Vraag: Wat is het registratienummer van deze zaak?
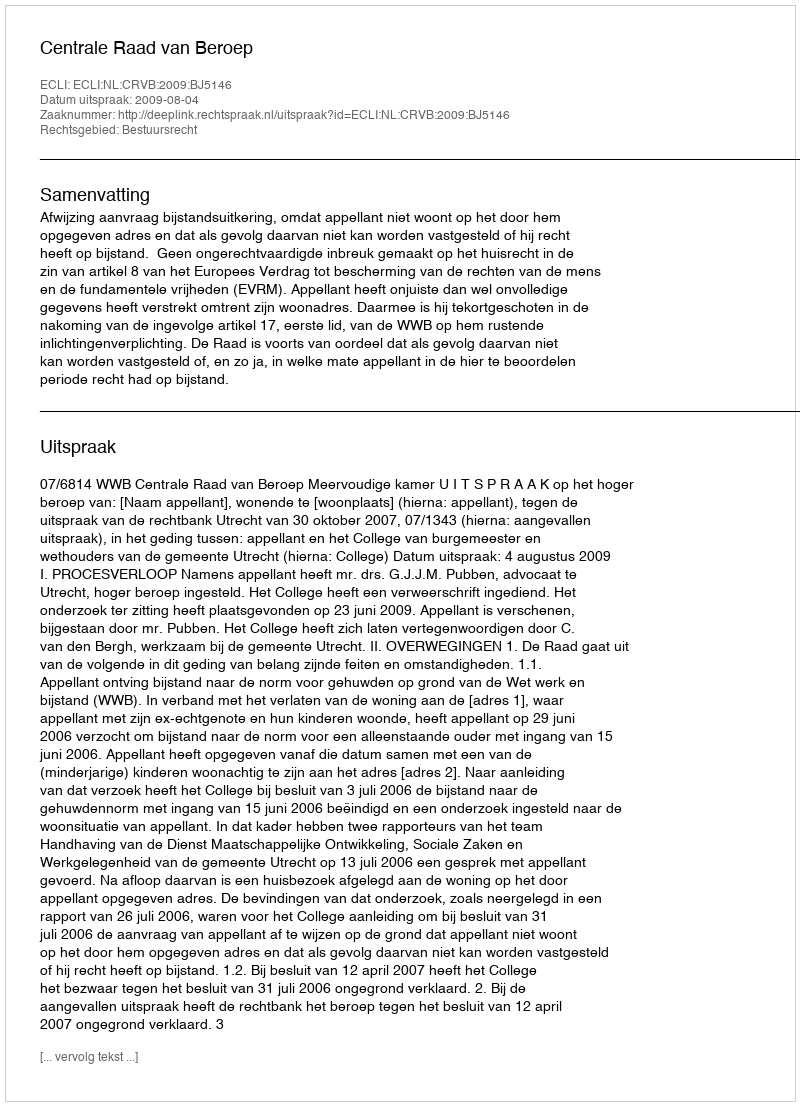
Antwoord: http://deeplink.rechtspraak.nl/uitspraak?id=ECLI:NL:CRVB:2009:BJ5146